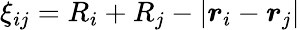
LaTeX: \xi_{ij}=R_{i}+R_{j}-|\boldsymbol{r}_{i}-\boldsymbol{r}_{j}|